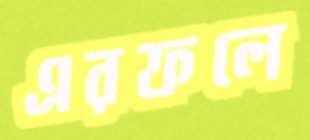
এরফলে